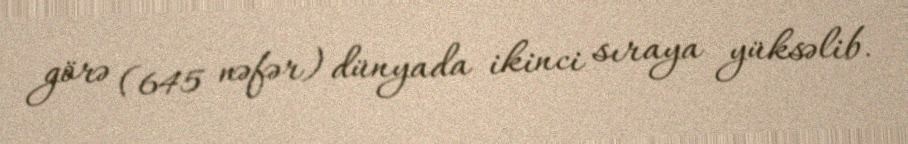
görə (645 nəfər) dünyada ikinci sıraya yüksəlib.